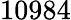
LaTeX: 10984